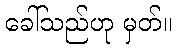
ခေါ်သည်ဟု မှတ်။